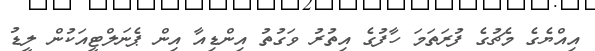
އިއްޔެގެ މެޗުގެ ފުރަތަމަ ހާފުގެ އިތުރު ވަގުތު އިންޑިއާ އިން ޕެނަލްޓީއަކުން ލީޑު